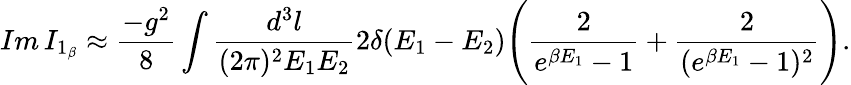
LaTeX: Im\, I_{1_{\beta}}\approx\frac{-g^{2}}{8}\int\frac{d^{3}l}{(2\pi)^{2}E_{1}E_{2}}2\delta(E_{1}-E_{2})\Bigg(\frac{2}{e^{\beta E_{1}}-1}+\frac{2}{(e^{\beta E_{1}}-1)^{2}}\Bigg).